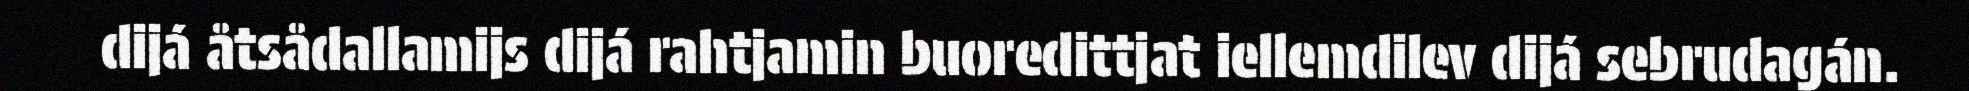
dijá åtsådallamijs dijá rahtjamin buoredittjat iellemdilev dijá sebrudagán.